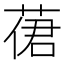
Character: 𦴨